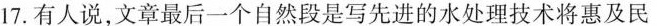
17.有人说,文章最后一个自然段是写先进的水处理技术将惠及民